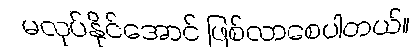
မလုပ်နိုင်အောင် ဖြစ်လာစေပါတယ်။